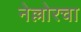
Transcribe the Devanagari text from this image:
नेल्लोरचा